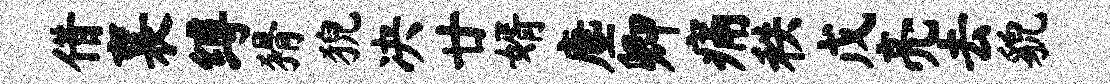
借襄缚猾猊决廿婿麈卿痛秩戊亮去貌